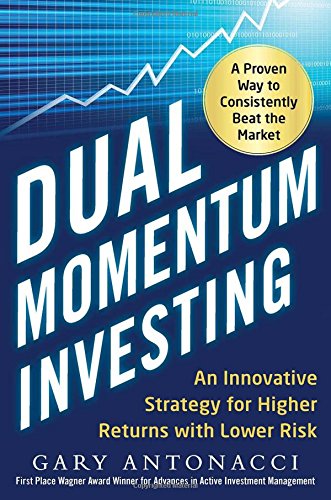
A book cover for Dual Momentum Investing: An Innovative Strategy for Higher Returns with Lower Risk; Gary Antonacci; Business & Money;